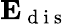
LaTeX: \mathbf{E}_{\mathrm{~d~i~s~}}